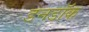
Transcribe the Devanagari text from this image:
डनडॉक